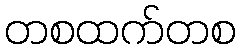
တစထက်တစ